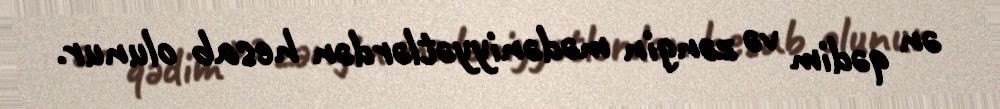
ən qədim və zəngin mədəniyyətlərdən hesab olunur.